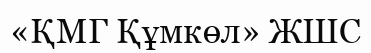
«ҚМГ Құмкөл» ЖШС